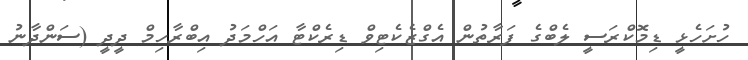
ހުށަހެޅީ ޑިމޮކްރަސީ ލެބްގެ ފަރާތުން އެގްޒެކެޓިވް ޑިރެކްޓާ އަހްމަދު އިބްރާހިމް ދީދީ (ސަންދާނު